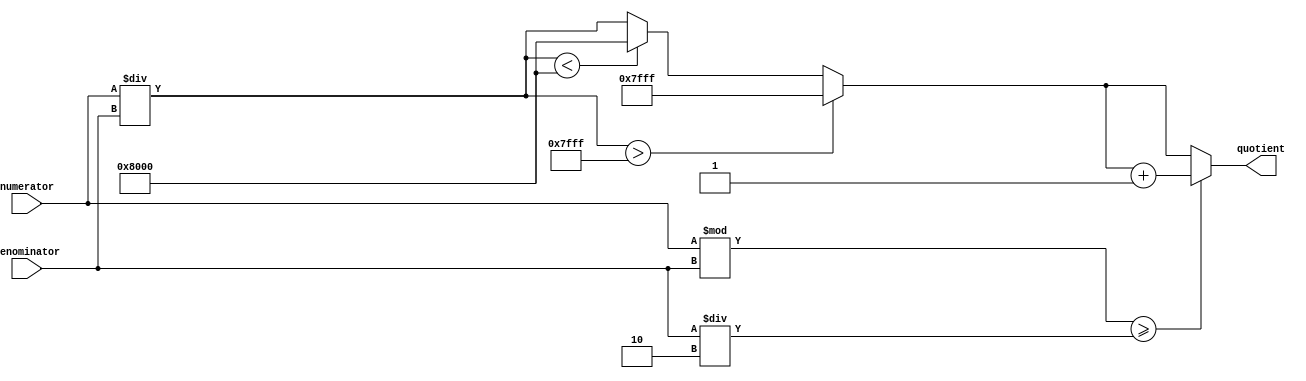
module FractionalDivider (
    input wire [15:0] numerator,
    input wire [15:0] denominator,
    output wire [15:0] quotient
);

reg [15:0] remainder;
reg [15:0] temp_quotient;
reg [15:0] final_quotient;

always @(*) begin
    temp_quotient = numerator / denominator; // Perform division
    remainder = numerator % denominator; // Calculate remainder
    
    // Check for overflow and underflow
    if (temp_quotient > 16'd32767) begin
        temp_quotient = 16'd32767; // Set to maximum value if overflow
    end
    else if (temp_quotient < -16'd32768) begin
        temp_quotient = -16'd32768; // Set to minimum value if underflow
    end
    
    // Round the final quotient to the desired precision
    if (remainder >= (denominator / 2)) begin
        final_quotient = temp_quotient + 1;
    end
    else begin
        final_quotient = temp_quotient;
    end
end

assign quotient = final_quotient;

endmodule